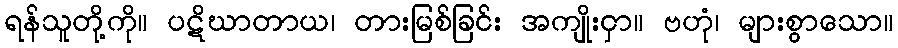
ရန်သူတို့ကို။ ပဋိဃာတာယ၊ တားမြစ်ခြင်း အကျိုးငှာ။ ဗဟုံ၊ များစွာသော။